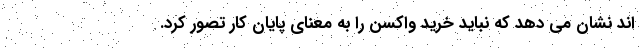
اند نشان می دهد که نباید خرید واکسن را به معنای پایان کار تصور کرد.